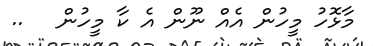
މާޅޮހު މީހުން އެއް ނޫން އެ ކާ މީހުން   ..